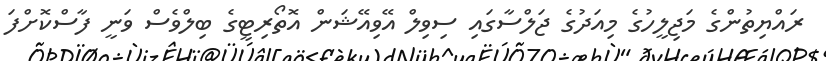
ރައްޔިތުންގެ މަޖިލީހުގެ މިއަދުގެ ޖަލްސާގައި ސިވިލް އޭވިއޭޝަން އޮތޯރިޓީގެ ބިލްވެސް ވަނީ ފާސްކޮށްފަ